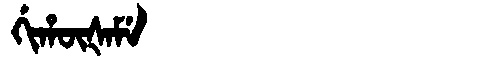
Manchu: ᡤᡳᡥᡡᡧᠠᠮᡝ
Romanization: GIHŪŠAME